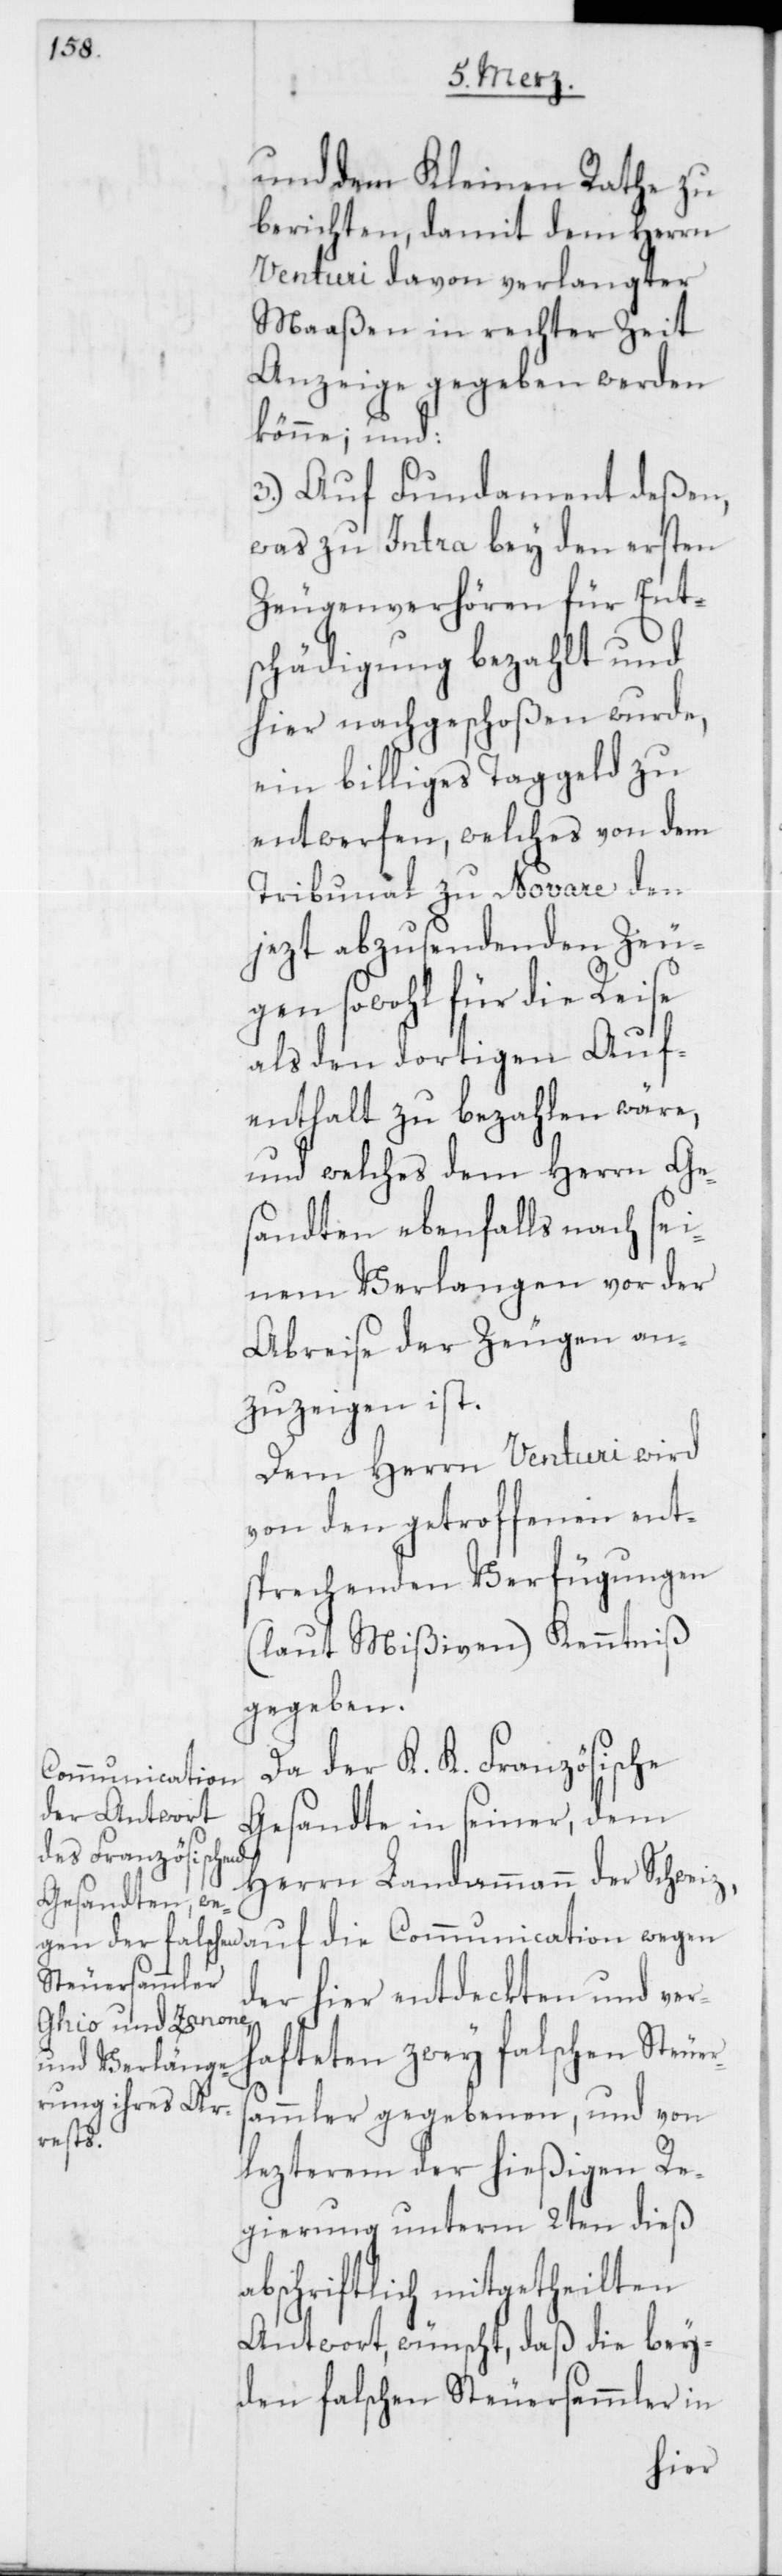
und dem Kleinen Rathe zu
berichten, damit dem Herrn
Venturi davon verlangter
Maaßen in rechter Zeit
Anzeige geschehen werden
könne; und:
3.) Auf Fundament deßen,
was zu Intra bey den ersten
Zeugenverhören für Ent¬
schädigung bezahlt und
hier nachgeschoßen wurde,
ein billiges Taggeld zu
entwerfen, welches von dem
Tribunal zu Novare den
jezt abzusendenden Zeu¬
gen sowohl für die Reise
als den dortigen Auf¬
enthalt zu bezahlen wäre,
und welches dem Herrn Ge¬
sandten ebenfalls nach sei¬
nem Verlangen vor der
Abreise der Zeugen an¬
zuzeigen ist.
Dem Herrn Venturi wird
von den getroffenen ent¬
sprechenden Verfügungen
(laut Mißiven) Kenntniß
gegeben.
Da der K. K. Französische
Communication
Gesandte in seiner, dem
Herrn Landammann der Schweiz,
der hier entdeckten und ver¬
hafteten zwey falschen Steuer¬
sammler gegebenen, und von
lezterem der hießigen Re¬
gierung unterm 2ten dieß
abschriftlich mitgetheilten
Antwort wünscht, daß die bey¬
den falschen Steuersammler in